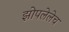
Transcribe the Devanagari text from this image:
झोपलेलेच